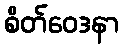
စိတ်ဝေဒနာ